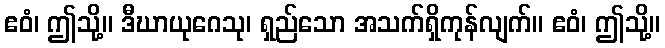
ဧဝံ၊ ဤသို့။ ဒီဃာယုဂေသု၊ ရှည်သော အသက်ရှိကုန်လျက်။ ဧဝံ၊ ဤသို့။